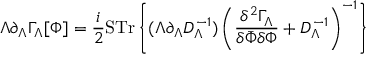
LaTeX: \Lambda \partial _ { \Lambda } \Gamma _ { \Lambda } [ \Phi ] = \frac { i } { 2 } \mathrm { S T r } \left\{ ( \Lambda \partial _ { \Lambda } { \cal D } _ { \Lambda } ^ { - 1 } ) \left( \frac { \delta ^ { 2 } \Gamma _ { \Lambda } } { \delta \bar { \Phi } \delta \Phi } + { \cal D } _ { \Lambda } ^ { - 1 } \right) ^ { - 1 } \right\}